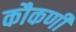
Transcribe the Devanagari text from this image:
कौकणी